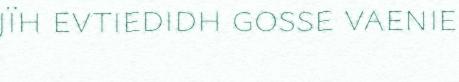
jïh evtiedidh gosse vaenie